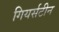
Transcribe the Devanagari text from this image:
गियर्सटीन